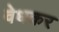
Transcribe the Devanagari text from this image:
वेधकर